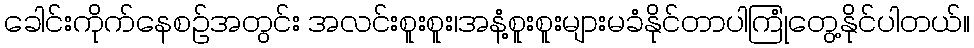
ခေါင်းကိုက်နေစဉ်အတွင်း အလင်းစူးစူး၊အနံ့စူးစူးများမခံနိုင်တာပါကြုံတွေ့နိုင်ပါတယ်။